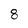
Character: 8